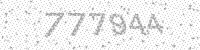
Solution: 777944